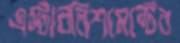
এস্টাবলিশমেন্টের